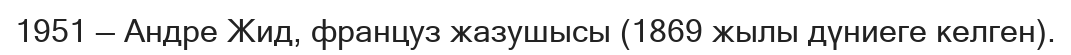
1951 — Андре Жид, француз жазушысы (1869 жылы дүниеге келген).